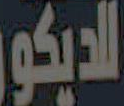
الديكور